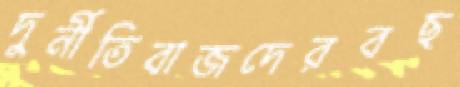
দুর্নীতিবাজদেরবছ